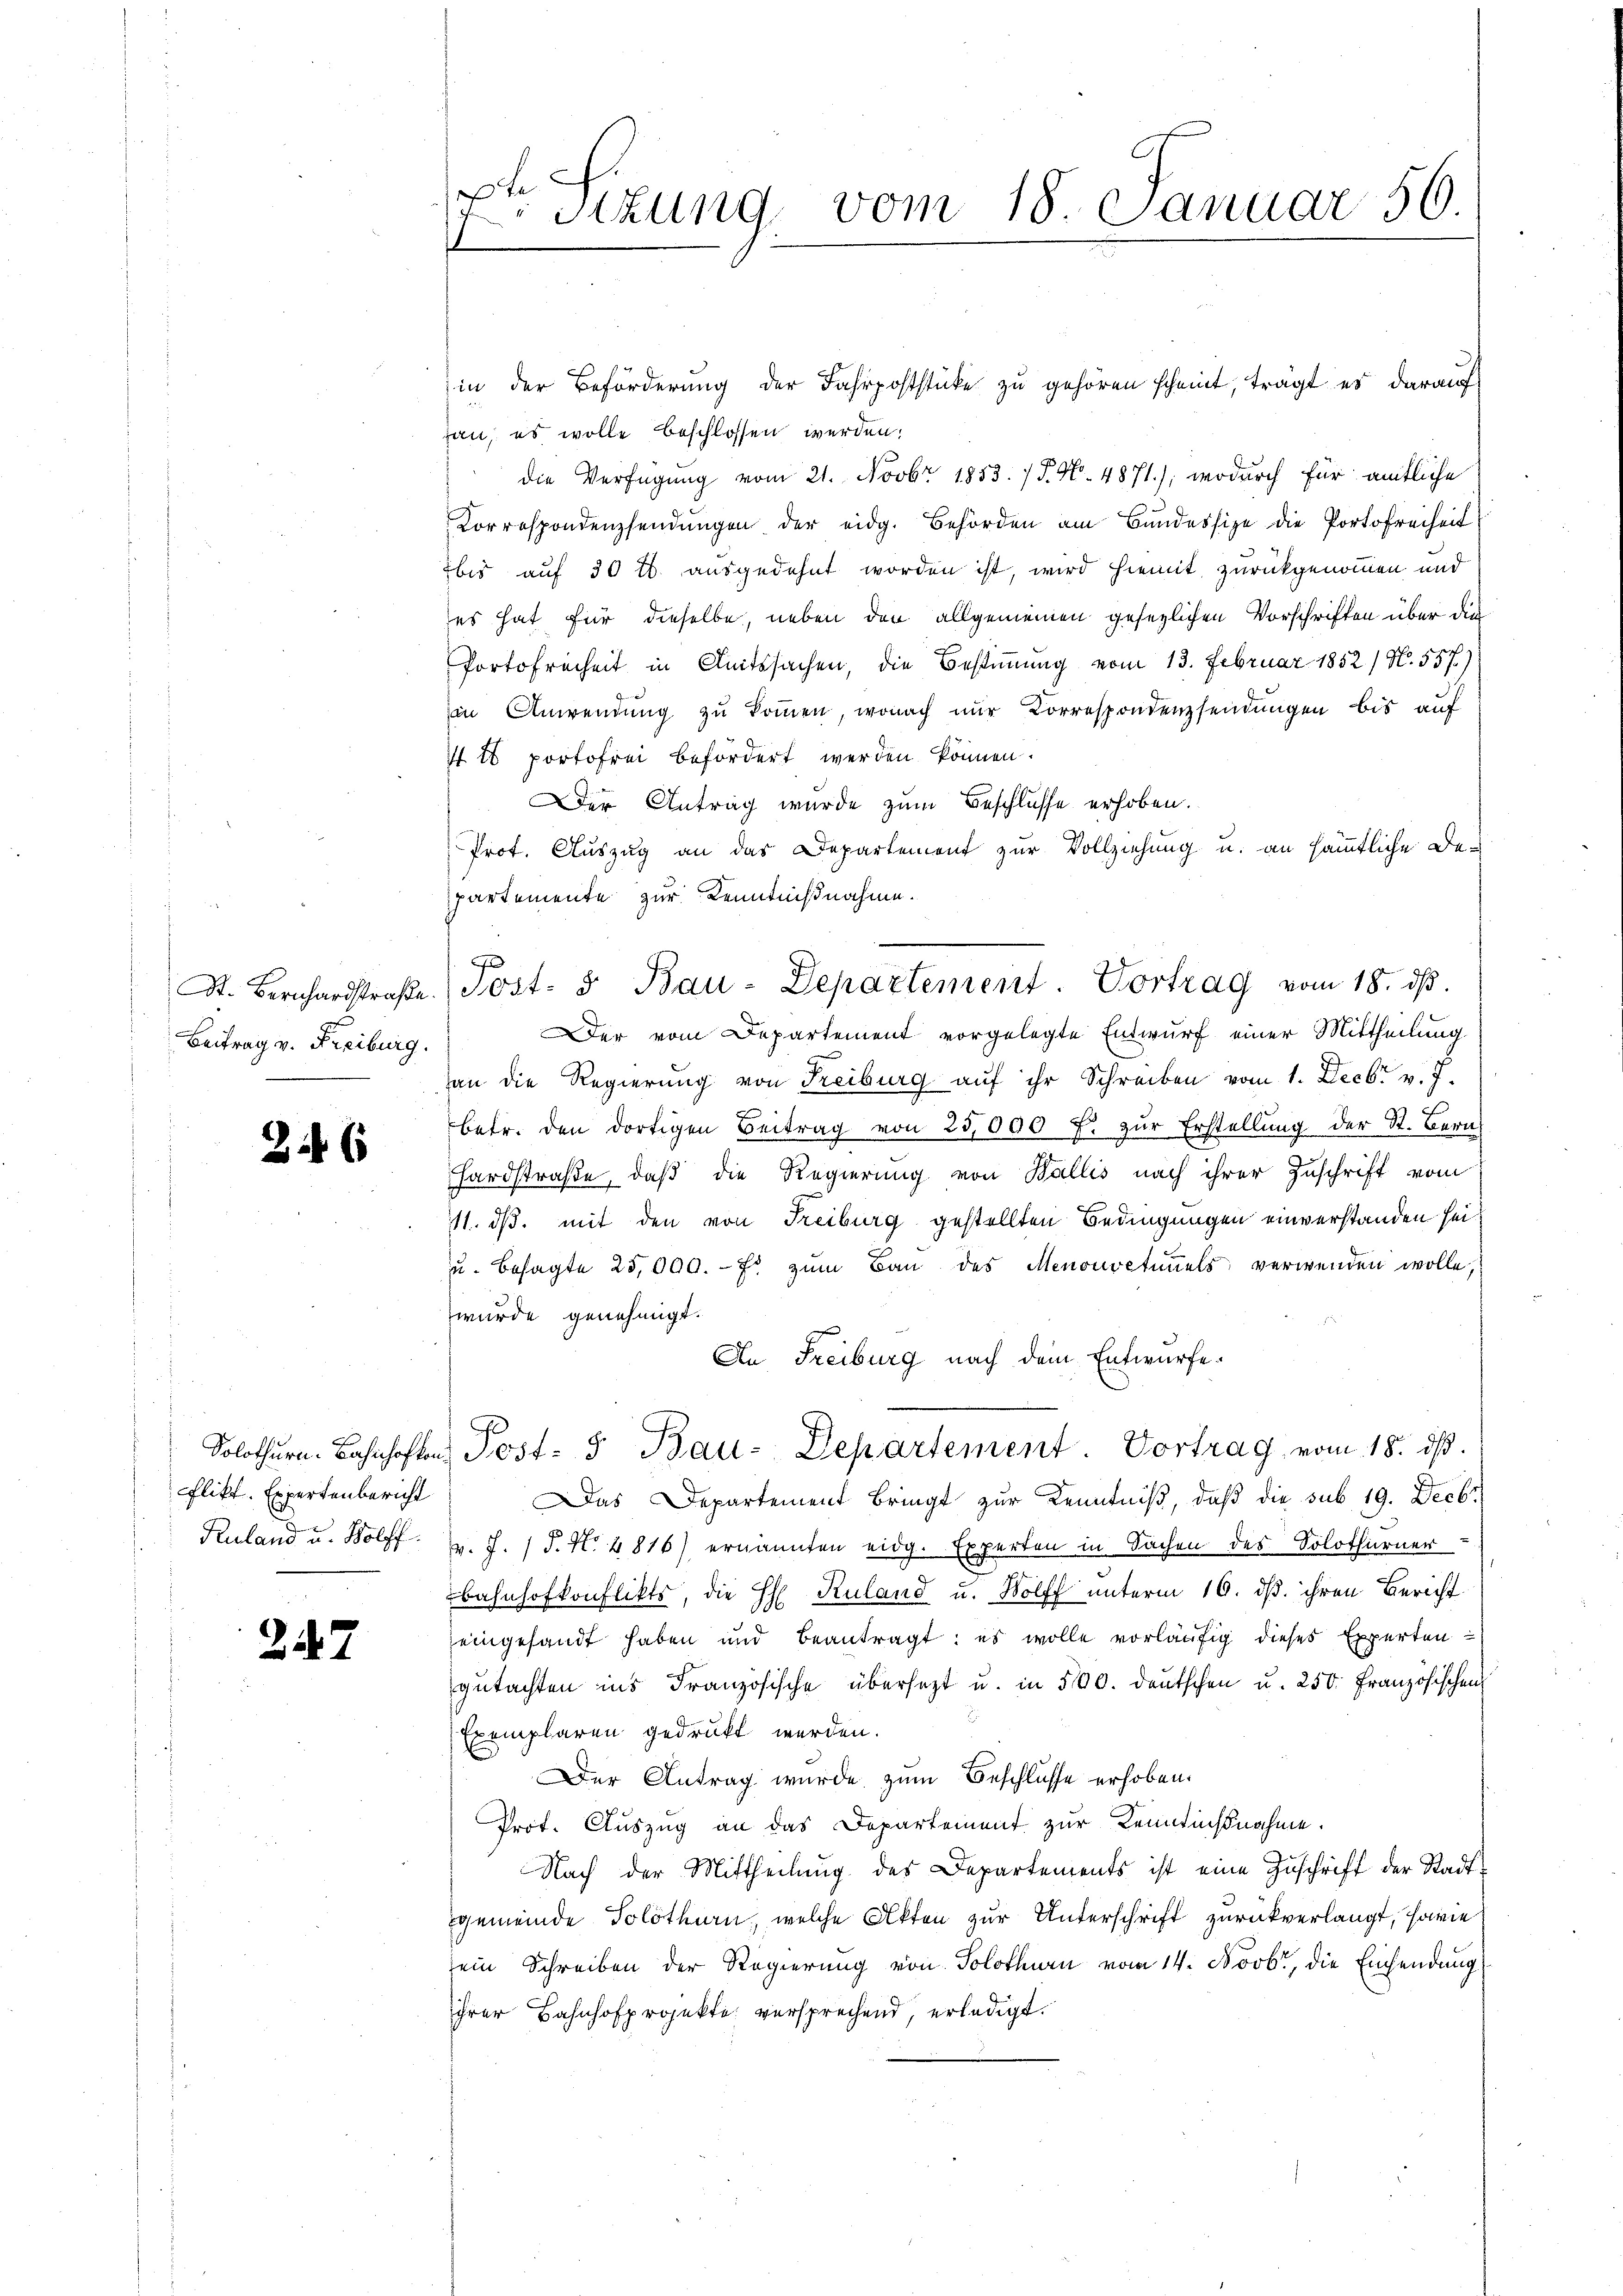
Beitrag v. Freiburg.

26

flikt. Expertenbericht

247

t
x
sizung, vom 18. Januar 50.

in der Beförderung der Fahrpoststücke zu gehören scheint, trägt es darauf
an, es wolle beschlossen werden.
die Verfügung vom 21. Novbr 1853. 7. No. 4871), wodurch für amtliche
Correspondensendŭngen der eidg. Behörden am Bundessize die Portofreiheit
bis auf 30 l. ausgedehnt worden ist, wird hiemit zurückgenommen und
es hat für dieselbe, neben den allgemeinen gesezlichen Vorschriften über die
Portofreiheit in Amtssachen, die Bestimmung vom 13. Februar 1852/ N. 557)
in Anwendŭng zŭ koṁen, wonach nŭr Korrespondenzsendungen bis auf
I t portofrei befördert werden können.
Der Antrag wurde zum Beschlusse erhoben.
Prot. Auszug an das Departement zur Vollziehung u. an sämmtliche Be-
partemente zur Kenntnißnahme.
J
Der vom Departement vorgelegte Entwurf einer Mittheilung
an die Regierung von Freiburg aŭf ihr Schreiben vom 1. Decbr v. J.
betr. den dortigen Beitrag von 25,000 f. zŭr Erstellung der St. Bern
hardstraße, daß die Regierung von Wallis nach ihrer Zuschrift vom
11. ds. mit den von Freiburg gestellten Bedingungen einverstanden sei
u. besagte 25,000.- fr zŭm Bau des Menouvetimmels verwenden wolle,
wurde genehmigt.
An Freiburg nach dem Entwurfe.
Solothurn. Bahnhoften Post- & Bau-Departement Vortrag vom 18. dβ.
Das Departement bringt zur Kenntniß, daß die sub 19. Decbr
Kuland u. Bolff v. J. 1 S. N. 4816) ernannten eidg. Experten in Sachen des Solothurner
Bahnhofkonflikts, die H. Ruland u. Wolff unterm 16. ds. ihren Bericht
eingesandt haben und beantragt: es wolle vorläufig dieses Experten
gŭtachten ins Französische übersezt u. in 500. deutschen u. 250. Französischen
Exemplaren gedruckt werden.
Der Antrag wurde zum Beschlüsse erhoben.
Prot. Auszug an das Departement zur Kenntißnahme.
Nach der Mittheilung des Departements ist eine Zuschrift der Stadtgemeinde Solothurn, welche Akten zur Unterschrift zurückverlangt, sowie
sein Schreiben der Regierung von Solothurn vom 14. Novbr, die Einsendung
ihrer Bahnhofprojekte versprechend, erledigt.

St. Bernhardstraβe. Post- & Bau-Departement. Vortrag vom 18. dβ.